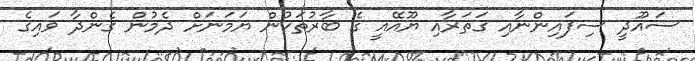
ސައޫދީ ސިފައިންނާއި ގަތަރާއި ޔޫއޭއީ ގެ ބާރުތަކުން ޔަމަނަށް ދެމުން ގެންދާ ވައިގެ